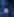
لا